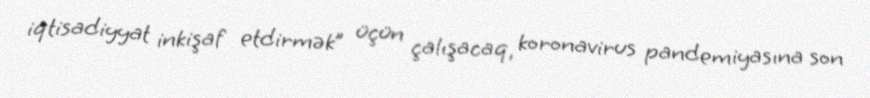
iqtisadiyyat inkişaf etdirmək” üçün çalışacaq, koronavirus pandemiyasına son